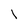
Character: 1